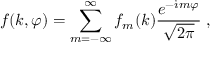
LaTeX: f ( k , \varphi ) = \sum _ { m = - \infty } ^ { \infty } f _ { m } ( k ) { \frac { e ^ { - \dot { \imath } m \varphi } } { \sqrt { 2 \pi } } } \; ,